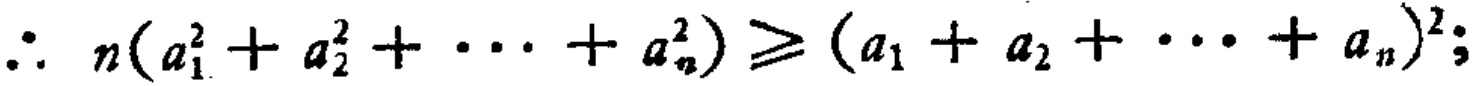
\(\therefore\ n(a_{1}^{2}+a_{2}^{2}+\cdots +a_{n}^{2})\geqslant (a_{1}+a_{2}+\cdots +a_{n})^{2};\)